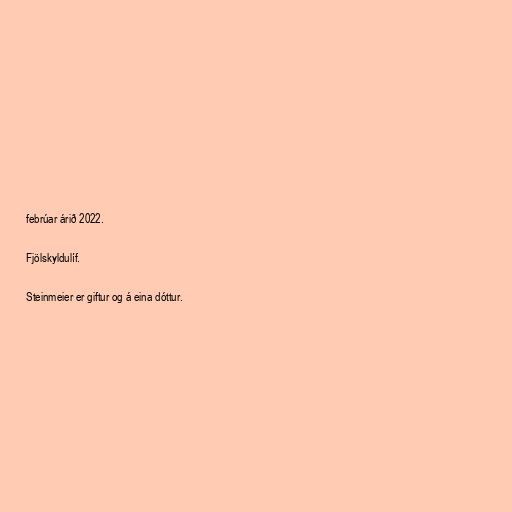
febrúar árið 2022.

Fjölskyldulíf.

Steinmeier er giftur og á eina dóttur.